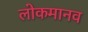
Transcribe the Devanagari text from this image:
लोकमानव